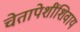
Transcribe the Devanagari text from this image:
चेतापेशींशिवाय